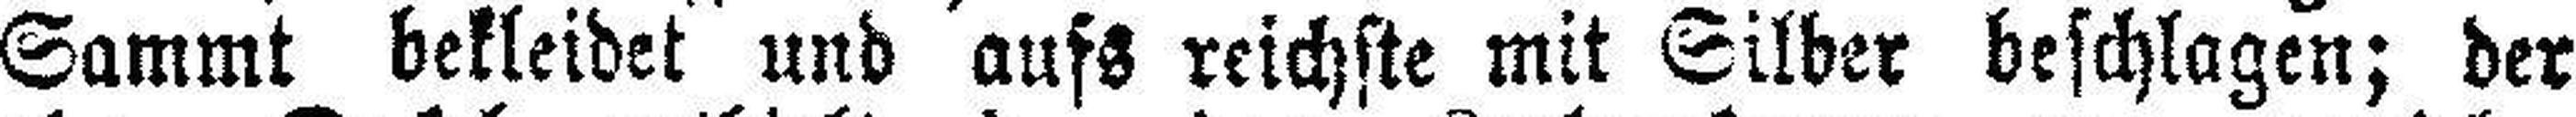
Sammt bekleidet und aufs reichste mit Silber beschlagen; der